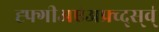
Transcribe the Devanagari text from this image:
ह्फ्गीअए॑अफ्र्व्द्स्व्॑